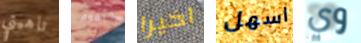
تاهيتي ويقوم اخيرا اسهل وي